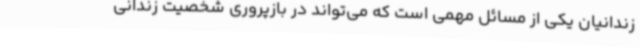
زندانیان یکی از مسائل مهمی است که می‌تواند در بازپروری شخصیت زندانی